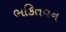
ભકિતવન